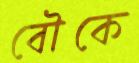
বৌকে